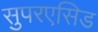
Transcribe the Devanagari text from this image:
सुपरएसिड